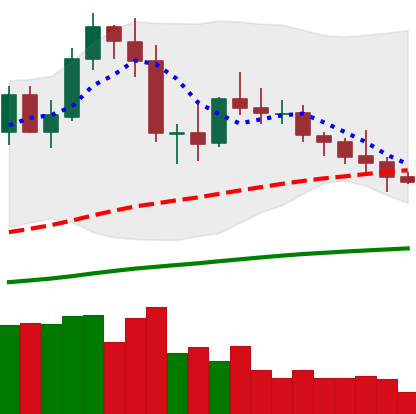
Ticker: NEO-USD
Chart end date: 2020-10-03
Forward return: -4.912%
Label: down_3_5